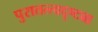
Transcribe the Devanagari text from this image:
पुरातत्त्वदृष्ट्या